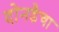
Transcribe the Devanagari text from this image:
दोनडैचा